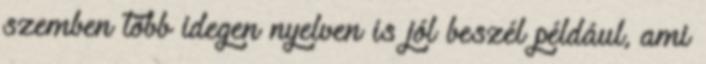
szemben több idegen nyelven is jól beszél például, ami